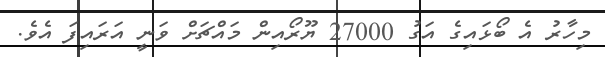
މިހާރު އެ ބޯޅައިގެ އަގު 27000 ޔޫރޯއިން މައްޗަށް ވަނީ އަރައިފަ އެވެ.